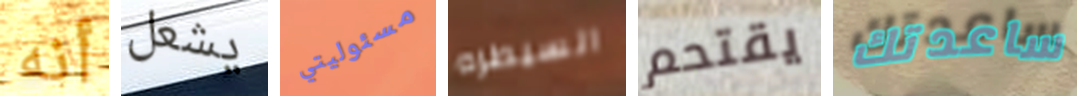
أنه يشعل مسئوليتي السيطره يقتحم ساعدتك